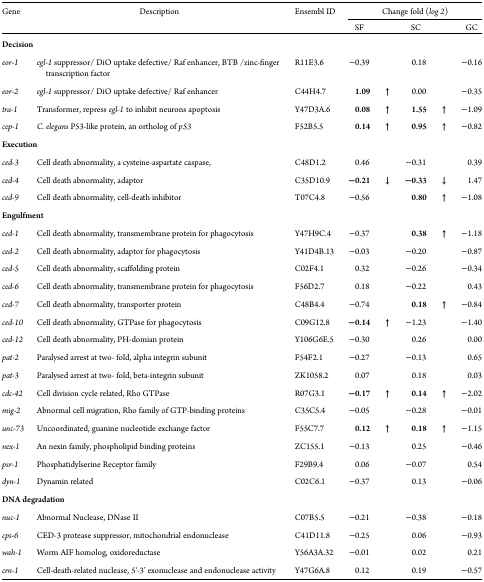
<table><thead><tr><td rowspan="2"><b>Gene</b></td><td rowspan="2"><b>Description</b></td><td rowspan="2"><b>Ensembl ID</b></td><td colspan="5"><b>Change fold (<i>log 2</i>)</b></td></tr><tr><td><b>SF</b></td><td></td><td><b>SC</b></td><td></td><td><b>GC</b></td></tr></thead><tbody><tr><td colspan="2"><b>Decision</b></td><td></td><td></td><td></td><td></td><td></td><td></td></tr><tr><td><i>eor-1</i></td><td><i>egl-1</i> suppressor/ DiO uptake defective/ Raf enhancer, BTB /zinc-finger transcription factor</td><td>R11E3.6</td><td>−0.39</td><td></td><td>0.18</td><td></td><td>−0.16</td></tr><tr><td><i>eor-2</i></td><td><i>egl-1</i> suppressor/ DiO uptake defective/ Raf enhancer</td><td>C44H4.7</td><td><b>1.09</b></td><td><b>↑</b></td><td>0.00</td><td></td><td>−0.35</td></tr><tr><td><i>tra-1</i></td><td>Transformer, repress <i>egl-1</i> to inhibit neurons apoptosis</td><td>Y47D3A.6</td><td><b>0.08</b></td><td><b>↑</b></td><td><b>1.55</b></td><td><b>↑</b></td><td>−1.09</td></tr><tr><td><i>cep-1</i></td><td><i>C. elegans</i> P53-like protein, an ortholog of <i>p53</i></td><td>F52B5.5</td><td><b>0.14</b></td><td><b>↑</b></td><td><b>0.95</b></td><td><b>↑</b></td><td>−0.82</td></tr><tr><td colspan="2"><b>Execution</b></td><td></td><td></td><td></td><td></td><td></td><td></td></tr><tr><td><i>ced-3</i></td><td>Cell death abnormality, a cysteine-aspartate caspase,</td><td>C48D1.2</td><td>0.46</td><td></td><td>−0.31</td><td></td><td>0.39</td></tr><tr><td><i>ced-4</i></td><td>Cell death abnormality, adaptor</td><td>C35D10.9</td><td><b>−0.21</b></td><td><b>↓</b></td><td><b>−0.33</b></td><td><b>↓</b></td><td>1.47</td></tr><tr><td><i>ced-9</i></td><td>Cell death abnormality, cell-death inhibitor</td><td>T07C4.8</td><td>−0.56</td><td></td><td><b>0.80</b></td><td><b>↑</b></td><td>−1.08</td></tr><tr><td colspan="2"><b>Engulfment</b></td><td></td><td></td><td></td><td></td><td></td><td></td></tr><tr><td><i>ced-1</i></td><td>Cell death abnormality, transmembrane protein for phagocytosis</td><td>Y47H9C.4</td><td>−0.37</td><td></td><td><b>0.38</b></td><td><b>↑</b></td><td>−1.18</td></tr><tr><td><i>ced-2</i></td><td>Cell death abnormality, adaptor for phagocytosis</td><td>Y41D4B.13</td><td>−0.03</td><td></td><td>−0.20</td><td></td><td>−0.87</td></tr><tr><td><i>ced-5</i></td><td>Cell death abnormality, scaffolding protein</td><td>C02F4.1</td><td>0.32</td><td></td><td>−0.26</td><td></td><td>−0.34</td></tr><tr><td><i>ced-6</i></td><td>Cell death abnormality, transmembrane protein for phagocytosis</td><td>F56D2.7</td><td>0.18</td><td></td><td>−0.22</td><td></td><td>0.43</td></tr><tr><td><i>ced-7</i></td><td>Cell death abnormality, transporter protein</td><td>C48B4.4</td><td>−0.74</td><td></td><td><b>0.18</b></td><td><b>↑</b></td><td>−0.84</td></tr><tr><td><i>ced-10</i></td><td>Cell death abnormality, GTPase for phagocytosis</td><td>C09G12.8</td><td><b>−0.14</b></td><td><b>↑</b></td><td>−1.23</td><td></td><td>−1.40</td></tr><tr><td><i>ced-12</i></td><td>Cell death abnormality, PH-domian protein</td><td>Y106G6E.5</td><td>−0.30</td><td></td><td>0.26</td><td></td><td>0.00</td></tr><tr><td><i>pat-2</i></td><td>Paralysed arrest at two- fold, alpha integrin subunit</td><td>F54F2.1</td><td>−0.27</td><td></td><td>−0.13</td><td></td><td>0.65</td></tr><tr><td><i>pat-3</i></td><td>Paralysed arrest at two- fold, beta-integrin subunit</td><td>ZK1058.2</td><td>0.07</td><td></td><td>0.18</td><td></td><td>0.03</td></tr><tr><td><i>cdc-42</i></td><td>Cell division cycle related, Rho GTPase</td><td>R07G3.1</td><td><b>−0.17</b></td><td><b>↑</b></td><td><b>0.14</b></td><td><b>↑</b></td><td>−2.02</td></tr><tr><td><i>mig-2</i></td><td>Abnormal cell migration, Rho family of GTP-binding proteins</td><td>C35C5.4</td><td>−0.05</td><td></td><td>−0.28</td><td></td><td>−0.01</td></tr><tr><td><i>unc-73</i></td><td>Uncoordinated, guanine nucleotide exchange factor</td><td>F55C7.7</td><td><b>0.12</b></td><td><b>↑</b></td><td><b>0.18</b></td><td><b>↑</b></td><td>−1.15</td></tr><tr><td><i>nex-1</i></td><td>An nexin family, phospholipid binding proteins</td><td>ZC155.1</td><td>−0.13</td><td></td><td>0.25</td><td></td><td>−0.46</td></tr><tr><td><i>psr-1</i></td><td>Phosphatidylserine Receptor family</td><td>F29B9.4</td><td>0.06</td><td></td><td>−0.07</td><td></td><td>0.54</td></tr><tr><td><i>dyn-1</i></td><td>Dynamin related</td><td>C02C6.1</td><td>−0.37</td><td></td><td>0.13</td><td></td><td>−0.06</td></tr><tr><td colspan="2"><b>DNA degradation</b></td><td></td><td></td><td></td><td></td><td></td><td></td></tr><tr><td><i>nuc-1</i></td><td>Abnormal Nuclease, DNase II</td><td>C07B5.5</td><td>−0.21</td><td></td><td>−0.38</td><td></td><td>−0.18</td></tr><tr><td><i>cps-6</i></td><td>CED-3 protease suppressor, mitochondrial endonuclease</td><td>C41D11.8</td><td>−0.25</td><td></td><td>0.06</td><td></td><td>−0.93</td></tr><tr><td><i>wah-1</i></td><td>Worm AIF homolog, oxidoreductase</td><td>Y56A3A.32</td><td>−0.01</td><td></td><td>0.02</td><td></td><td>0.21</td></tr><tr><td><i>crn-1</i></td><td>Cell-death-related nuclease, 5′-3&#x27; exonuclease and endonuclease activity</td><td>Y47G6A.8</td><td>0.12</td><td></td><td>0.19</td><td></td><td>−0.57</td></tr></tbody></table>